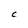
Character: C